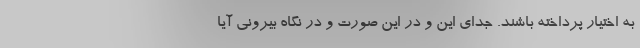
به اختیار پرداخته باشند. جدای این و در این صورت و در نگاه بیرونی آیا